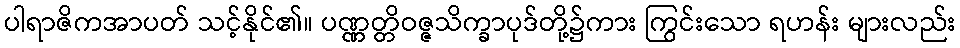
ပါရာဇိကအာပတ် သင့်နိုင်၏။ ပဏ္ဏတ္တိဝဇ္ဇသိက္ခာပုဒ်တို့၌ကား ကြွင်းသော ရဟန်း များလည်း